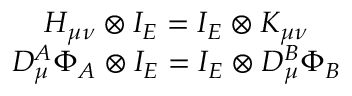
\begin{array} { c } { { H _ { \mu \nu } \otimes I _ { E } = I _ { E } \otimes K _ { \mu \nu } } } \\ { { D _ { \mu } ^ { A } \Phi _ { A } \otimes I _ { E } = I _ { E } \otimes D _ { \mu } ^ { B } \Phi _ { B } } } \end{array}